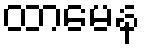
ထာမေန